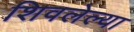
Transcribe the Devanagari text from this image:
शिवलेल्या